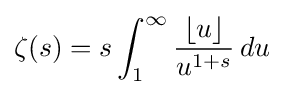
\zeta (s)=s\int _{1}^{\infty }{\frac {\lfloor u\rfloor }{u^{1+s}}}\,du